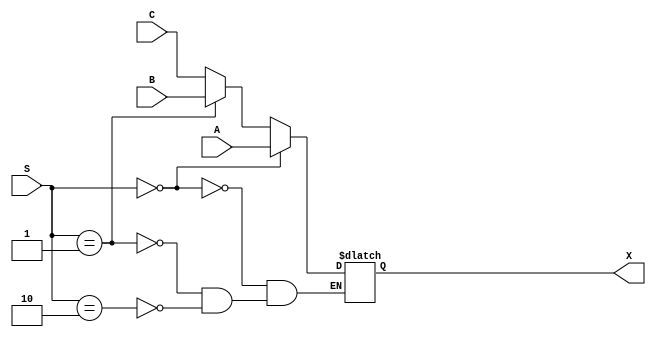
module mux_3x1_32bit (
    input [1:0] S,
    input [31:0] A, B, C,
    output reg [31:0] X
);

always @ (*) 
    begin
        if (S == 2'b00)
            X <= A;
        else if (S == 2'b01)
            X <= B;
        else if (S == 2'b10)
            X <= C;
    end
endmodule